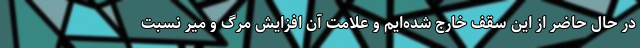
در حال حاضر از این سقف خارج شده‌ایم و علامت آن افزایش مرگ و میر نسبت